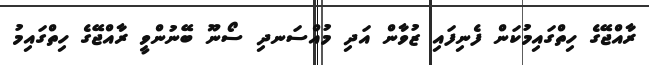
ރާއްޖޭގެ ހިތްގައިމުކަން ފެނިފައި ޒުވާން އަދި މުއްސަނދި ސޯނޫ ބޭނުންވީ ރާއްޖޭގެ ހިތްގައިމު